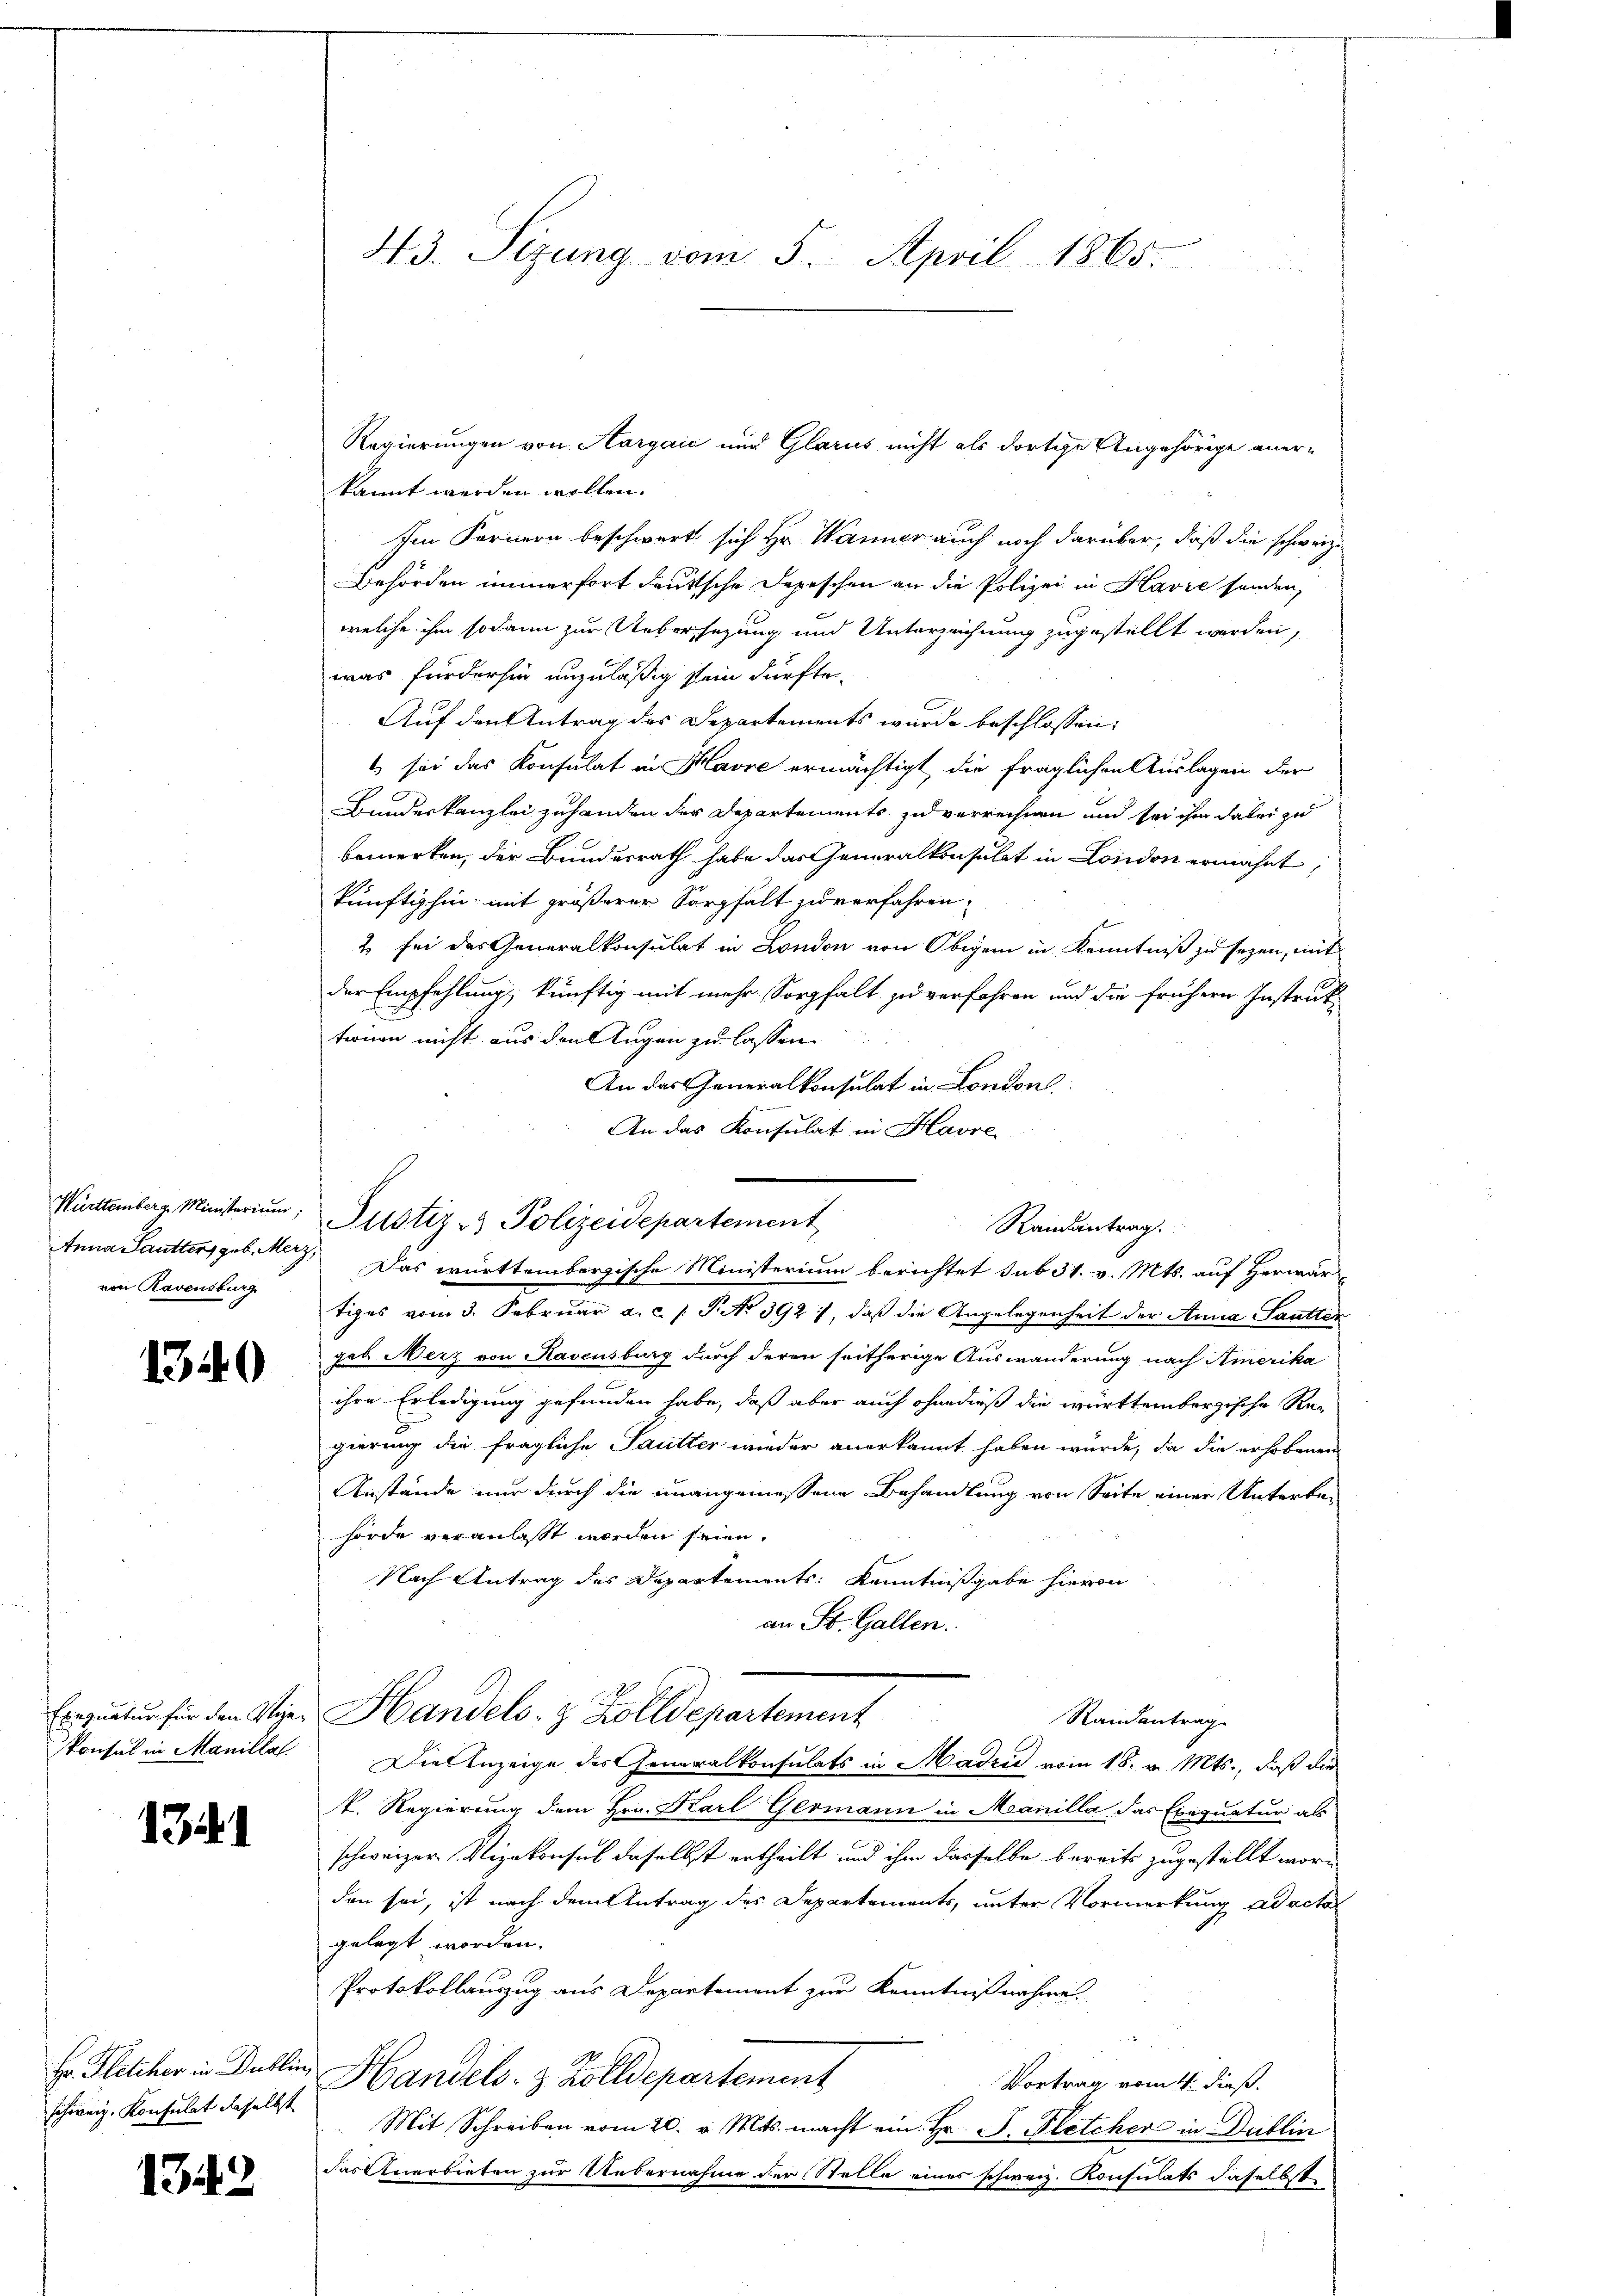
von Ravensburg

1340

1341

schweiz. Konsulat daselbst

1343

kannt werden wollen.
Im Fernern beschwert sich Hr. Wanner auch noch darüber, daß die schweiz.
Behörden immerfort deutsche Depeschen an die Polizei in Havre sonden,
welche ihm sodann zur Uebersezung und Unterzeichnung zugestellt werden,
was fürderhin unzuläßig sein dürfte.
Auf den Antrag des Departements wurde beschlossen:
1 sei das Konsulat in Havre ermächtigt, die fraglichen Auslagen der
Bandeskanzlei zuhanden der Departements zu verrechnen und sei ihm dabei zu
bemerken, der Bundesrath habe das Generalkonsulat in London erwähnt,
künftighin mit größerer Sorgfalt zu verfahren,
2 sei das Generalkonsulat in London von Obigen in Kenntniß zu seyen, mit
der Empfehlung, künftig mit mehr Sorgfalt zu verfahren und die frühern Instruk-
tronen nicht aus den Augen zu lassen
An das Generalkonsulat in London.
An das Konsulat in Havre
Randantrag.
Anna Sautters geb. Merz, Das württembergische Ministerium berichtet sub 31. v. Mts. auf Herwär-
tiges vom 3. Februar a. c. J. P. No 392), daß die Angelegenheit der Anna Sautter
gab. Merz von Ravensburg durch deren seitherige Auswanderung nach Amerika
ihre Erledigung gefunden habe, daß aber auch ohne dieß die württembergische Re-
gierung die fragliche Sautter wieder anerkannt haben würde, da die erhobenen
Anstände nur durch die unangemessene Behandlung von Seite einer Unterbehörde veranlaßt worden seien.
Nach Antrag des Departements: Kenntnißgabe hievon
an St. Gallen.
Ermutungen den Steger Handels- & Zolldepartement
Randantrag
konsul in Manilla. Die Anzeige des Generalkonsulats in Hadzić vom 18. v. Mts., daß die
k. Regierung dem Hrn. Karl Germann in Manilla das Exequatur als
schweizer Vizekonsul daselbst ertheilt und ihm dasselbe bereits zugestellt worden sei, ist nach dem Antrag des Departements, unter Vormerkung ad acta
gelegt worden.
Protokollauszug aus Departement zur Kenntnißnahme.
Hr. Flitcher in Dullin, Handels- & Zolldepartement
Vortrag vom 4. dieß.
Mit Schreiben vom 20. v. Mts. macht ein Hr. P. Pletcher in Dublin
das Anerbieten zur Uebernahme der Stelle eines schweiz. Konsulats daselbst

43. Sizung vom 5. April 1865.

Württemberg. Ministerium, Pustiz & Polizeidepartement

Regierungen von Aargaić und Glarus nicht als dortige Angehörige aner-